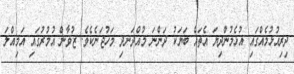
ދިރިއުޅުމެއްގައި އުޅެމުންދިޔަ އެތައް ބަޔަކު ދަންނަ މުއްދަނދި މަހުޖަނެކެވެ. ޒުވާން އުމުރުގައި އަމިއްލަ